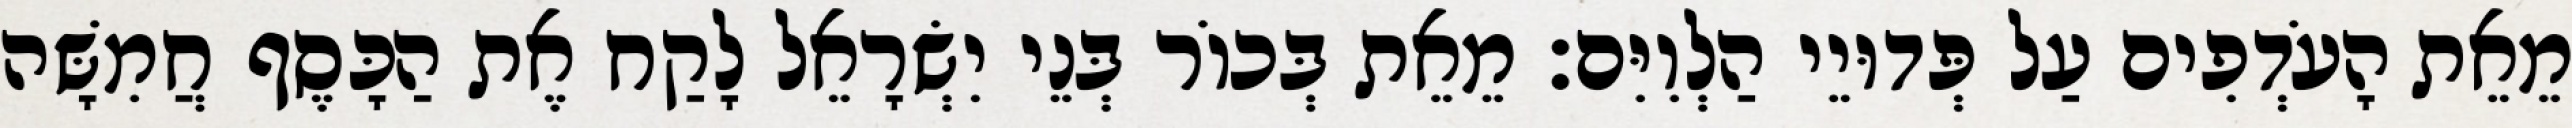
מֵאֵת הָעֹדְפִים עַל פְּדוּיֵי הַלְוִיִּם׃ מֵאֵת בְּכוֹר בְּנֵי יִשְׂרָאֵל לָקַח אֶת הַכָּסֶף חֲמִשָּׁה